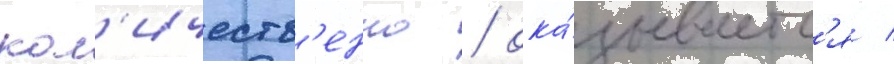
кол'ичеств'енно / ока́зываетс'я /